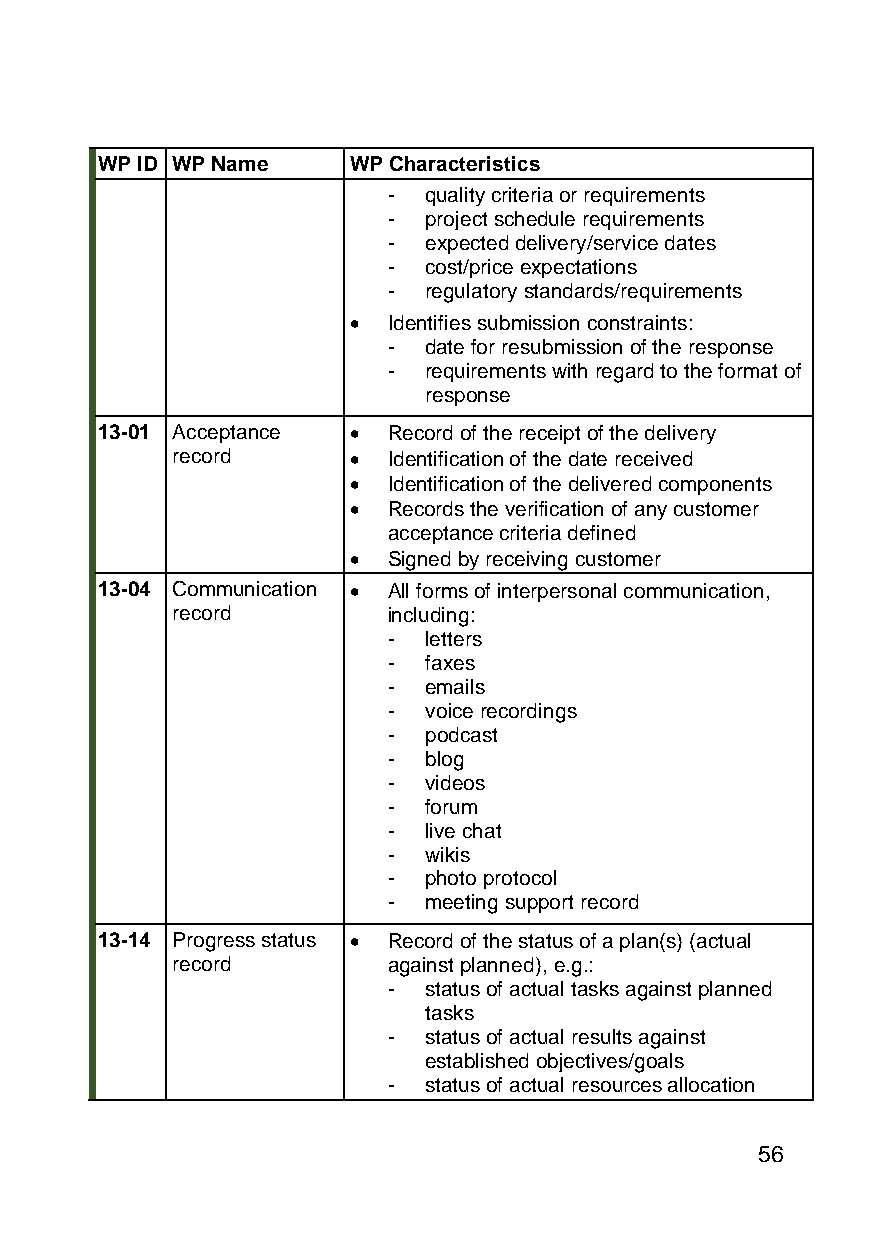
WP ID WP Name    WP Characteristics
 - quality criteria or requirements
 - project schedule requirements
 - expected delivery/service dates
 - cost/price expectations
 - regulatory standards/requirements
 •  Identifies submission constraints:
 - date for resubmission of the response
 - requirements with regard to the format of
 response
 13-01 Acceptance •  Record of the receipt of the delivery
 record      •  Identification of the date received
 •  Identification of the delivered components
 •  Records the verification of any customer
 acceptance criteria defined
 •  Signed by receiving customer
 13-04 Communication • All forms of interpersonal communication,
 record         including:
 - letters
 - faxes
 - emails
 - voice recordings
 - podcast
 - blog
 - videos
 - forum
 - live chat
 - wikis
 - photo protocol
 - meeting support record
 13-14 Progress status • Record of the status of a plan(s) (actual
 record         against planned), e.g.:
 - status of actual tasks against planned
 tasks
 - status of actual results against
 established objectives/goals
 - status of actual resources allocation
 56